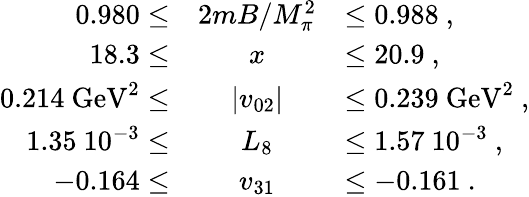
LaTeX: \begin{array}{rcl}{{0.980\leq}}&{{{2mB/M_{\pi}^{2}}}}&{{\leq 0.988\ ,}}\\ {{18.3\leq}}&{{x}}&{{\leq 20.9\ ,}}\\ {{0.214\ \mathrm{GeV}^{2}\leq}}&{{\vert v_{02}\vert}}&{{\leq 0.239\ \mathrm{GeV}^{2}\ ,}}\\ {{1.35\ 10^{-3}\leq}}&{{L_{8}}}&{{\leq 1.57\ 10^{-3}\ ,}}\\ {{-0.164\leq}}&{{v_{31}}}&{{\leq-0.161\ .}}\end{array}